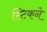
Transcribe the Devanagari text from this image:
स्टिकने